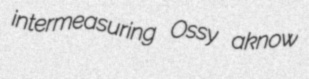
intermeasuring Ossy aknow